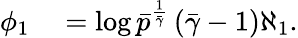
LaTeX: \begin{array}{rl}{\phi_{1}}&{{}=\log\bar{p}^{\frac{1}{\bar{\gamma}}}\left(\bar{\gamma}-1\right)\aleph_{1}.}\end{array}